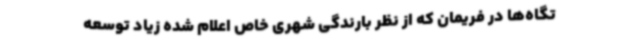
تگاه‌ها در فریمان که از نظر بارندگی شهری خاص اعلام شده زیاد توسعه